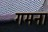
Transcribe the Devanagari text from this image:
गमना